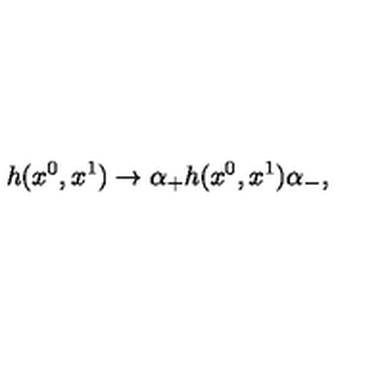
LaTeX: h ( x ^ { 0 } , x ^ { 1 } ) \rightarrow \alpha _ { + } h ( x ^ { 0 } , x ^ { 1 } ) \alpha _ { - } ,